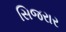
સિજરાર